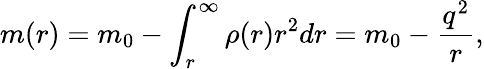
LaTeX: m(r)=m_{0}-\int_{r}^{\infty}\rho(r)r^{2}dr=m_{0}-\frac{q^{2}}{r},